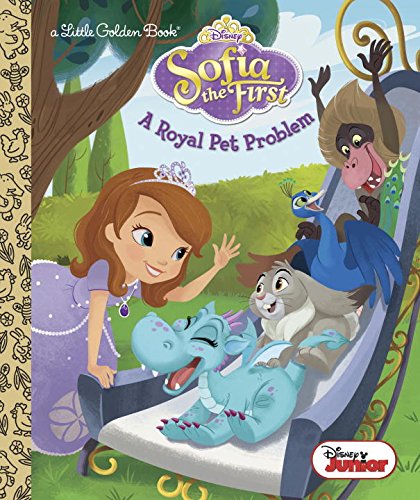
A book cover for A Royal Pet Problem (Disney Junior: Sofia the First) (Little Golden Book); Andrea Posner-Sanchez; Children's Books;